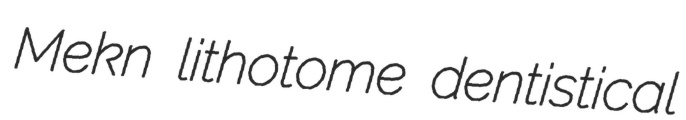
Mekn lithotome dentistical